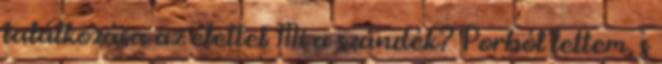
találkozása az élettel Mi a szándék? Porból lettem, s